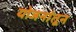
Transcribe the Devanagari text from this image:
योजनांतून